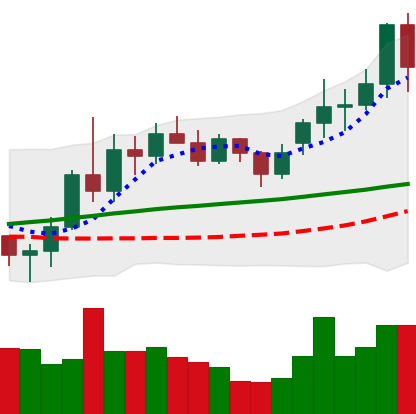
Ticker: LINK-USD
Chart end date: 2020-11-22
Forward return: -13.531%
Label: down_7plus